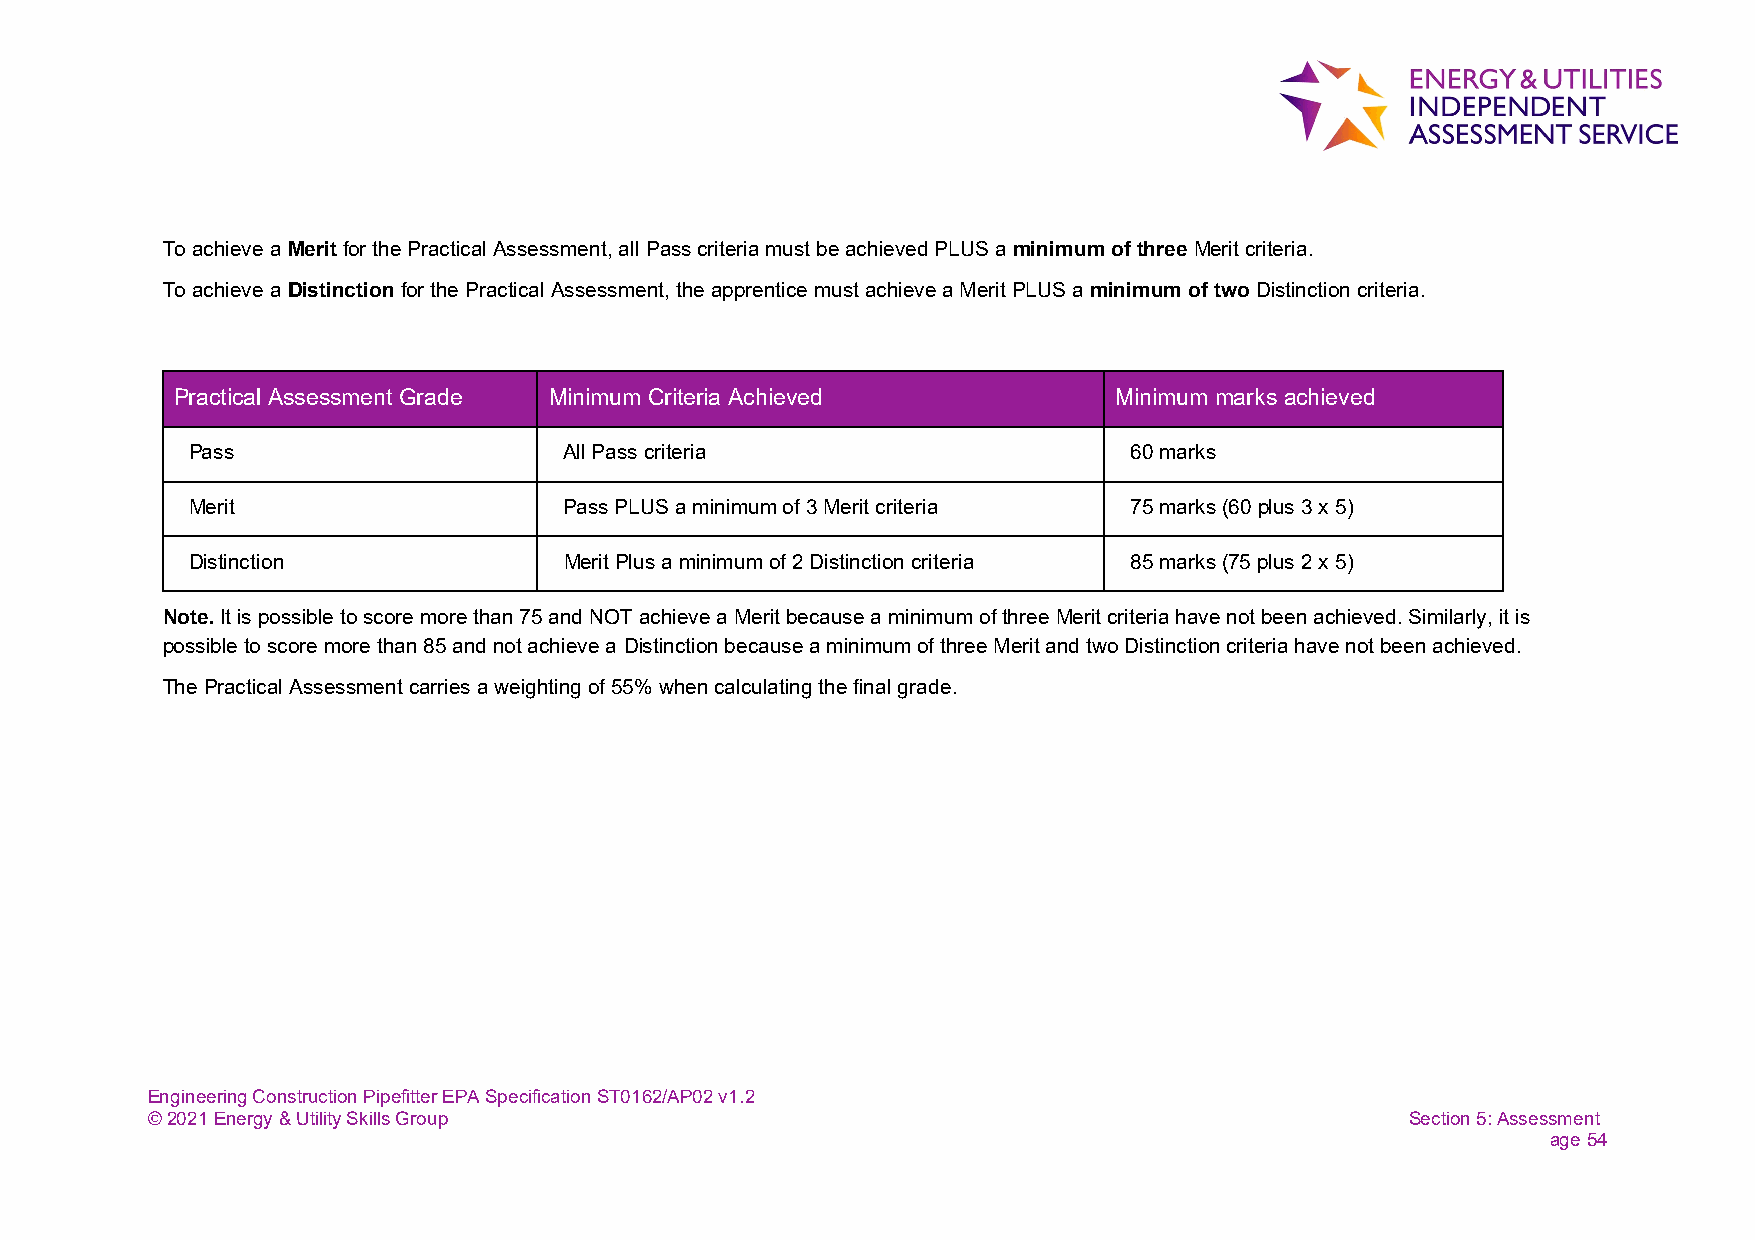
To achieve a Merit for the Practical Assessment, all Pass criteria must be achieved PLUS a minimum of three Merit criteria.
 To achieve a Distinction for the Practical Assessment, the apprentice must achieve a Merit PLUS a minimum of two Distinction criteria.
 Practical Assessment Grade Minimum Criteria Achieved          Minimum marks achieved
 Pass                     All Pass criteria                     60 marks
 Merit                    Pass PLUS a minimum of 3 Merit criteria 75 marks (60 plus 3 x 5)
 Distinction              Merit Plus a minimum of 2 Distinction criteria 85 marks (75 plus 2 x 5)
 Note. It is possible to score more than 75 and NOT achieve a Merit because a minimum of three Merit criteria have not been achieved. Similarly, it is
 possible to score more than 85 and not achieve a Distinction because a minimum of three Merit and two Distinction criteria have not been achieved.
 The Practical Assessment carries a weighting of 55% when calculating the final grade.
 Engineering Construction Pipefitter EPA Specification ST0162/AP02 v1.2
 © 2021 Energy & Utility Skills Group                                               Section 5: Assessment
 age 54